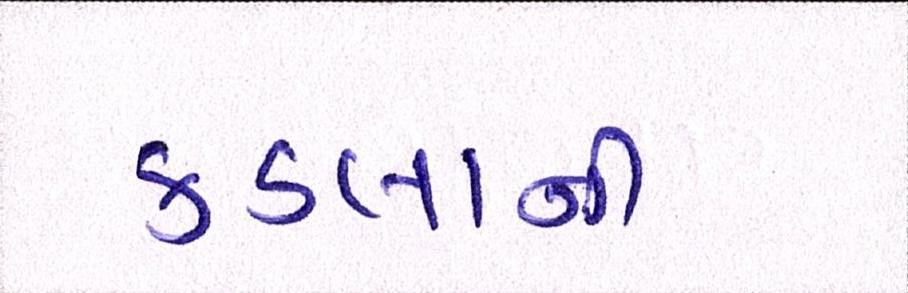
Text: કડલાની